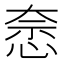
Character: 𭝍